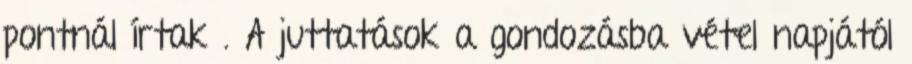
pontnál írtak . A juttatások a gondozásba vétel napjától